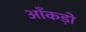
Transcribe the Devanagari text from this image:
आँकडो़